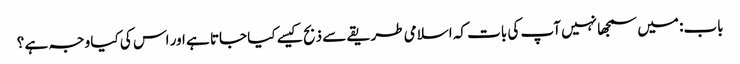
باب: میں سمجھا نہیں آپ کی بات کہ اسلامی طریقے سے ذبح کیسے کیا جاتا ہے اور اس کی کیا وجہ ہے ؟